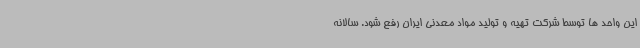
این واحد ها توسط شرکت تهیه و تولید مواد معدنی ایران رفع شود. سالانه